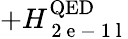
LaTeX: +H_{\mathrm{~2~e~-~1~l~}}^{\mathrm{QED}}